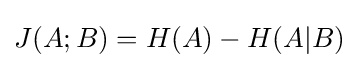
J(A;B)=H(A)-H(A|B)